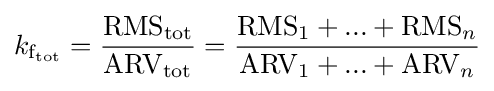
k_{\mathrm {f} _{\mathrm {tot} }}={\frac {\mathrm {RMS} _{\mathrm {tot} }}{\mathrm {ARV} _{\mathrm {tot} }}}={\frac {\mathrm {RMS} _{1}+...+\mathrm {RMS} _{n}}{\mathrm {ARV} _{1}+...+\mathrm {ARV} _{n}}}